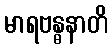
မာရဗန္ဓနာတိ